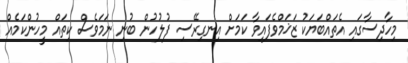
މިހާދިސާގައި އެތައްބަޔަކު ޒަޚަމްވެފައިވާ ކަމަށް އިނގިރޭސި ފުލުހުން ބުނި ނަމަވެސް ކިތައް މީހުންކަމެއް